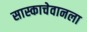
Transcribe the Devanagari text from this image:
सास्काचेवानला